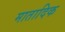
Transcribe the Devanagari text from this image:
मातादिक